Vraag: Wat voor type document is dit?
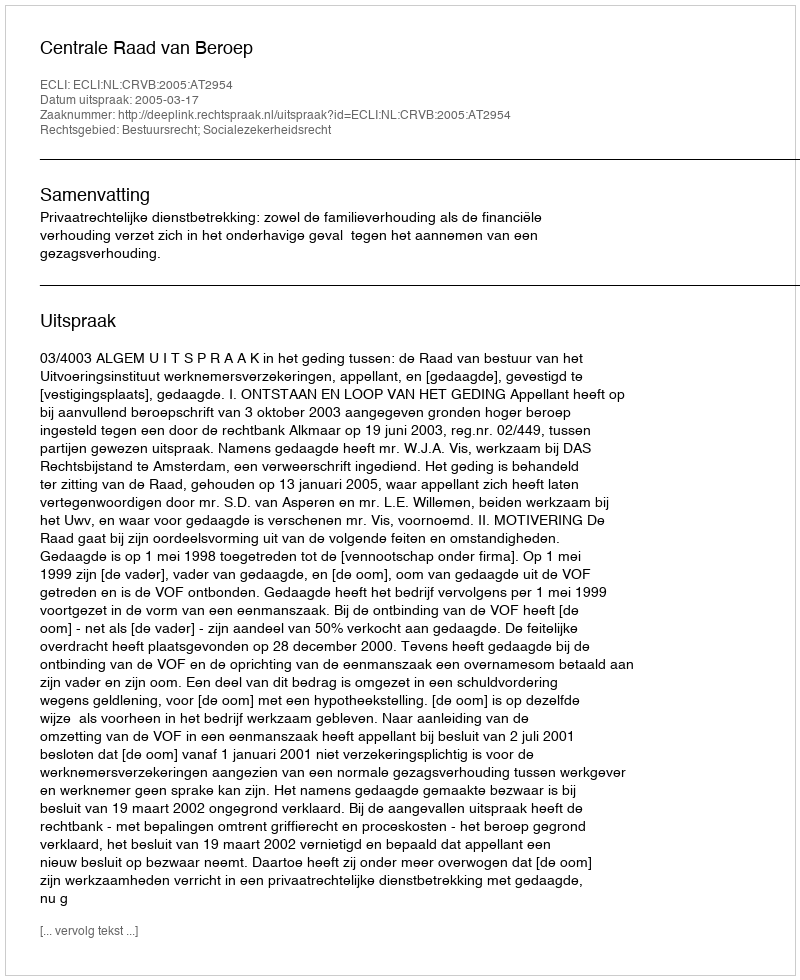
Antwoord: Uitspraak